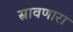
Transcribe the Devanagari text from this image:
स्रावणारा